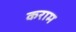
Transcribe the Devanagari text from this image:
कराम